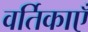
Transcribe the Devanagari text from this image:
वर्तिकाएँ